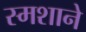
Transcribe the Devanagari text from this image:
स्मशाने